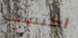
اكتسبت